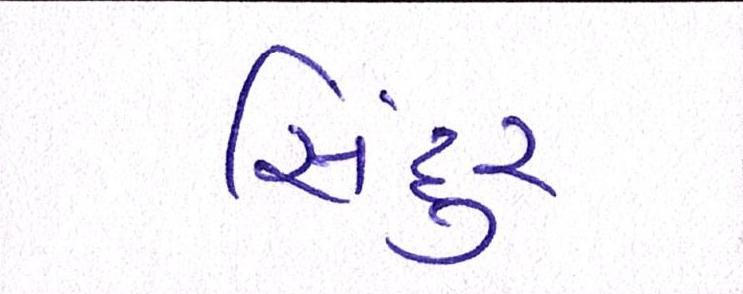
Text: સિંદુર